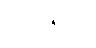
ဘိန္ဒေယျု